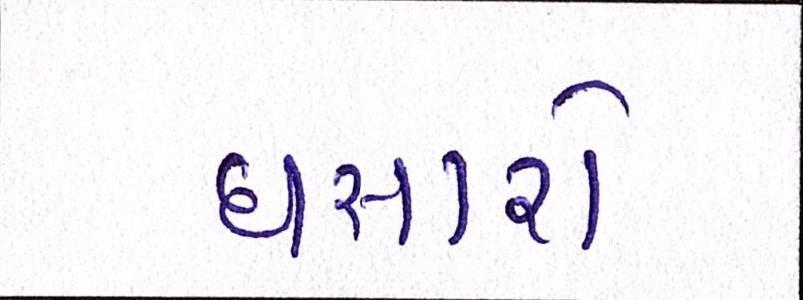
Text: ઘસારો